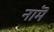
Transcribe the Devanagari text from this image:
नामॆ